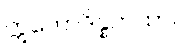
ဣတောဒိန္နကထာ။